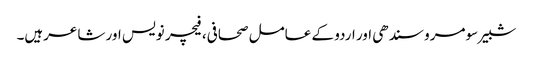
شبیر سومرو سندھی اور اردو کے عامل صحافی، فیچر نویس اور شاعرہیں۔